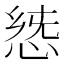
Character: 𢛭